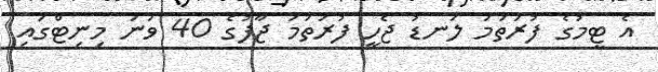
އެ ޓީމުގެ ފުރަތަމަ ލަނޑު ޖެހީ ފުރަތަމަ ޖާފުގެ 40 ވަނަ މިނިޓްގައި